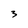
Character: 3